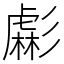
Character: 虨